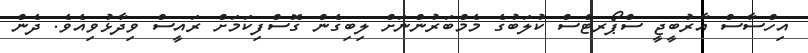
އިހްސާސް އާރުބީޖީ ސްޕޯރޓްސް ކުލަބުގެ މެމްބަރުންނަށް ލިބިގެން ގޮސްފިކަމަށް ރައީސް ވިދާޅުވިއެވެ. ދެން